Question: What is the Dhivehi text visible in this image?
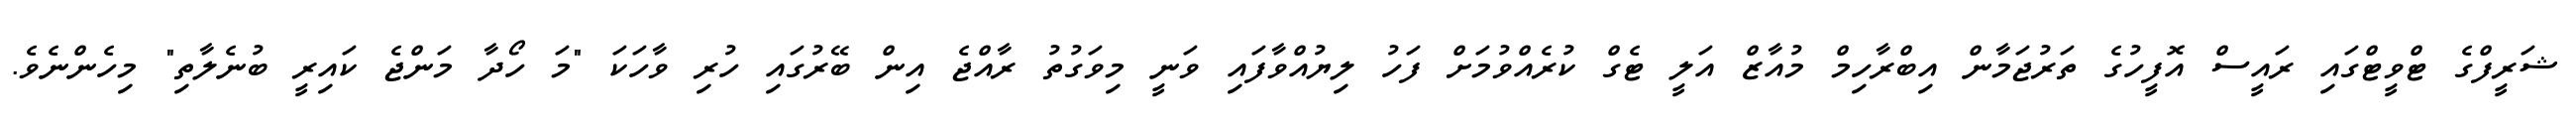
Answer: ޝަރީފްގެ ޓްވީޓްގައި ރައީސް އޮފީހުގެ ތަރުޖަމާން އިބްރާހިމް މުއާޒް އަލީ ޓެގް ކުރެއްވުމަށް ފަހު ލިޔުއްވާފައި ވަނީ މިވަގުތު ރާއްޖެ އިން ބޭރުގައި ހުރި ވާހަކަ "މަ ހޯދާ މަންޖެ ކައިރީ ބުނެލާތި" މިހެންނެވެ.